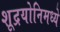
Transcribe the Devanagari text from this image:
शूद्रयोनिमध्ये